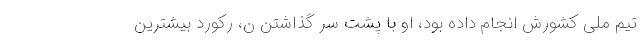
تیم ملی کشورش انجام داده بود، او با پشت سر گذاشتن ن، رکورد بیشترین